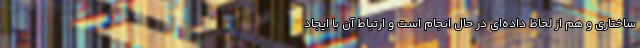
ساختاری و هم از لحاظ داده‌ای در حال انجام است و ارتباط آن با ایجاد